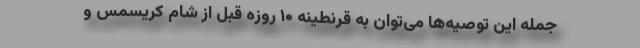
جمله این توصیه‌ها می‌توان به قرنطینه ۱۰ روزه قبل از شام کریسمس و